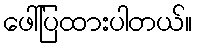
ဖေါ်ပြထားပါတယ်။